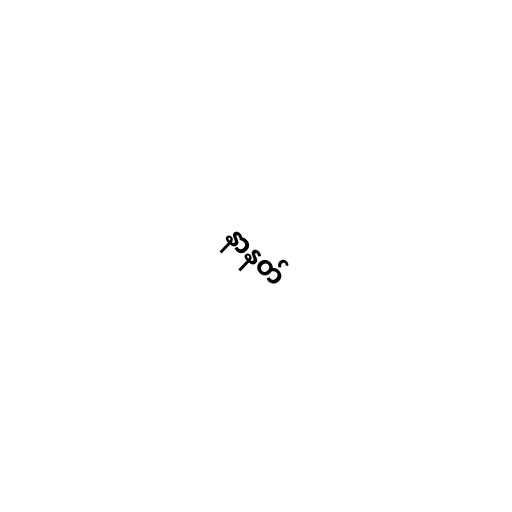
နာနတ်